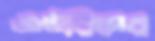
এইরিসের